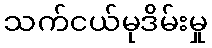
သက်ငယ်မုဒိမ်းမှု